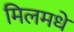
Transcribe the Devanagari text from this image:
मिलमधे